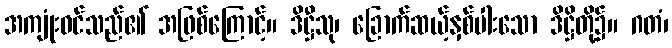
အကျုံးဝင်သည်၏ အဖြစ်ကြောင့်။ ဒိဋ္ဌီသု၊ ခြောက်ဆယ့်နှစ်ပါးသော ဒိဋ္ဌိတို့၌။ ဂတံ၊